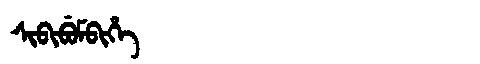
Manchu: ᠰᡳᠪᡳᠪᡠᠮᠪᡳᡥᡝ
Romanization: SIBIBUMBIHE